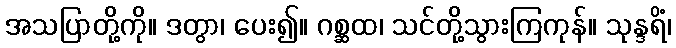
အသပြာတို့ကို။ ဒတွာ၊ ပေး၍။ ဂစ္ဆထ၊ သင်တို့သွားကြကုန်။ သုန္ဒရိံ၊